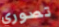
تصوري